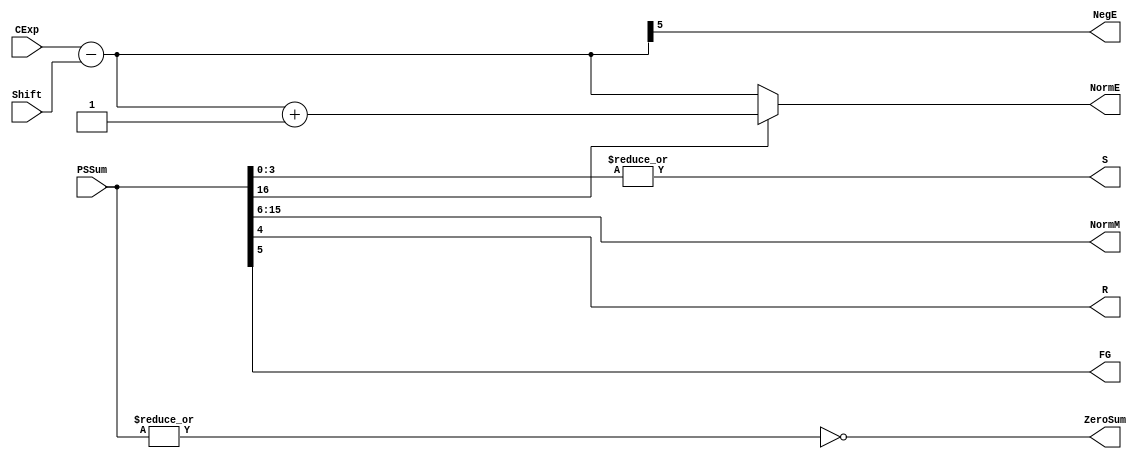
`define BFLOAT16 
`define VCS
`define EXPONENT 8
`define MANTISSA 7
`define EXPONENT 5
`define MANTISSA 10
`define SIGN 1
`define DWIDTH (`SIGN+`EXPONENT+`MANTISSA)
`define AWIDTH 10
`define MEM_SIZE 1024
`define DESIGN_SIZE 12
`define CU_SIZE 4
`define MASK_WIDTH 4
`define MEM_ACCESS_LATENCY 1
`define REG_DATAWIDTH 32
`define REG_ADDRWIDTH 8
`define ITERATIONS_WIDTH 32
`define REG_STDN_ADDR 32'h4
`define REG_MATRIX_A_ADDR 32'he
`define REG_MATRIX_B_ADDR 32'h12
`define REG_MATRIX_C_ADDR 32'h16
`define REG_VALID_MASK_A_ADDR 32'h20
`define REG_VALID_MASK_B_ADDR 32'h5c
`define REG_ITERATIONS_ADDR 32'h40
`define PE_PIPELINE_DEPTH 5
`define IDLE     2'b00
`define W_ENABLE  2'b01
`define R_ENABLE  2'b10

module FPAddSub_NormalizeShift2(
		PSSum,
		CExp,
		Shift,
		NormM,
		NormE,
		ZeroSum,
		NegE,
		R,
		S,
		FG
	);
	
	// Input ports
	input [`DWIDTH:0] PSSum ;					// The Pre-Shift-Sum
	input [`EXPONENT-1:0] CExp ;
	input [4:0] Shift ;					// Amount to be shifted

	// Output ports
	output [`MANTISSA-1:0] NormM ;				// Normalized mantissa
	output [`EXPONENT:0] NormE ;					// Adjusted exponent
	output ZeroSum ;						// Zero flag
	output NegE ;							// Flag indicating negative exponent
	output R ;								// Round bit
	output S ;								// Final sticky bit
	output FG ;

	// Internal signals
	wire MSBShift ;						// Flag indicating that a second shift is needed
	wire [`EXPONENT:0] ExpOF ;					// MSB set in sum indicates overflow
	wire [`EXPONENT:0] ExpOK ;					// MSB not set, no adjustment
	
	// Calculate normalized exponent and mantissa, check for all-zero sum
	assign MSBShift = PSSum[`DWIDTH] ;		// Check MSB in unnormalized sum
	assign ZeroSum = ~|PSSum ;			// Check for all zero sum
	assign ExpOK = CExp - Shift ;		// Adjust exponent for new normalized mantissa
	assign NegE = ExpOK[`EXPONENT] ;			// Check for exponent overflow
	assign ExpOF = CExp - Shift + 1'b1 ;		// If MSB set, add one to exponent(x2)
	assign NormE = MSBShift ? ExpOF : ExpOK ;			// Check for exponent overflow
	assign NormM = PSSum[`DWIDTH-1:`EXPONENT+1] ;		// The new, normalized mantissa
	
	// Also need to compute sticky and round bits for the rounding stage
	assign FG = PSSum[`EXPONENT] ; 
	assign R = PSSum[`EXPONENT-1] ;
	assign S = |PSSum[`EXPONENT-2:0] ;
	
endmodule